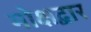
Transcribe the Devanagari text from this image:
मोक्षद्वार